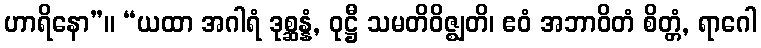
ဟာရိနော”။ “ယထာ အဂါရံ ဒုစ္ဆန္နံ, ဝုဋ္ဌီ သမတိဝိဇ္ဈတိ၊ ဧဝံ အဘာဝိတံ စိတ္တံ, ရာဂေါ